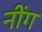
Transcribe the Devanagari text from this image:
नींग